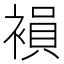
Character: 𧜘